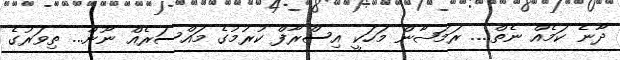
ދާނެ ކަމެއް ނެތް.... ރަމަޟާން މަހަކީ އިސްރާފް ކުރުމުގެ މައްސަރެއް ނޫން... ތިވަރުގެ